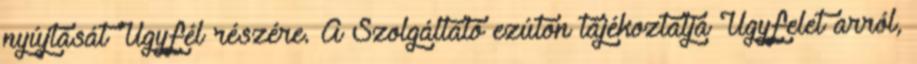
nyújtását Ügyfél részére. A Szolgáltató ezúton tájékoztatja Ügyfelet arról,